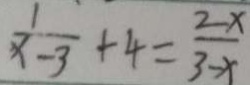
\frac { 1 } { x - 3 } + 4 = \frac { 2 - x } { 3 - x }